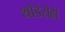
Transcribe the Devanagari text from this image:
थोडेसेही